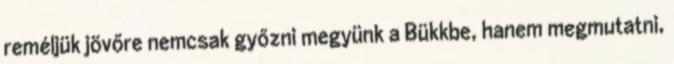
reméljük jövőre nemcsak győzni megyünk a Bükkbe, hanem megmutatni,